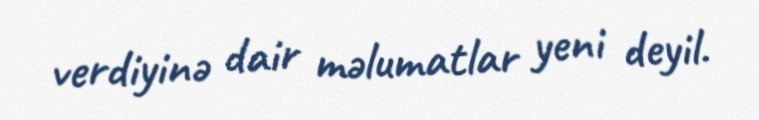
verdiyinə dair məlumatlar yeni deyil.